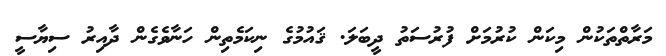
މަރާތްތަކުން މިކަން ކުރުމަށް ފުރުސަތު ދީބަލަ. ޤައުުމުގެ ނިކަމެތިން ހަނާވެގެން ދާއިިރު ސިޔާސީ